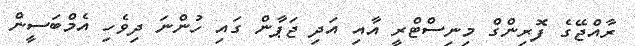
ރާއްޖޭގެ ފޮރިންގް މިނިސްޓްރީ އާއި އަދި ޖަޕާން ގައި ހުންނަ ދިވެހި އެމްބަސީން